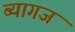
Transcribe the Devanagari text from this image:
ब्यागज